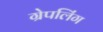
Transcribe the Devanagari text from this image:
ग्रेपलिंग